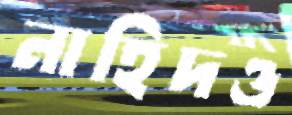
নাহিদও